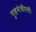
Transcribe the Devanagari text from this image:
गृहमंत्रीपदी